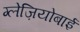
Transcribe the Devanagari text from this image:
ग्लेज़ियोबाई